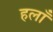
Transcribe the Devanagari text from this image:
हलाँ